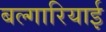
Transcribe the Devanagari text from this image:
बल्गारियाई